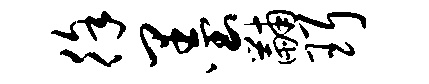
徐墨黼珥